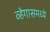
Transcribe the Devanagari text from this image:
व्हेगासमध्ये